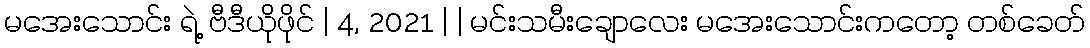
မအေးသောင်း ရဲ့ ဗီဒီယိုဖိုင် | 4, 2021 | | မင်းသမီးချောလေး မအေးသောင်းကတော့ တစ်ခေတ်